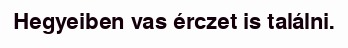
Hegyeiben vas érczet is találni.